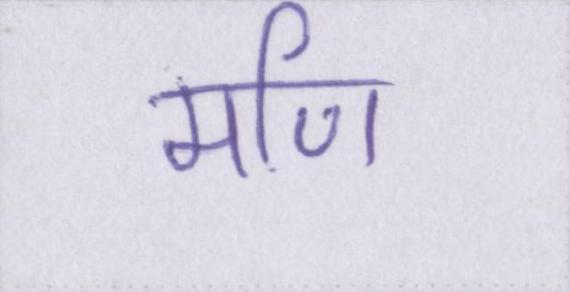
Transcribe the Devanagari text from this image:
मणि